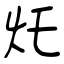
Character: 灹